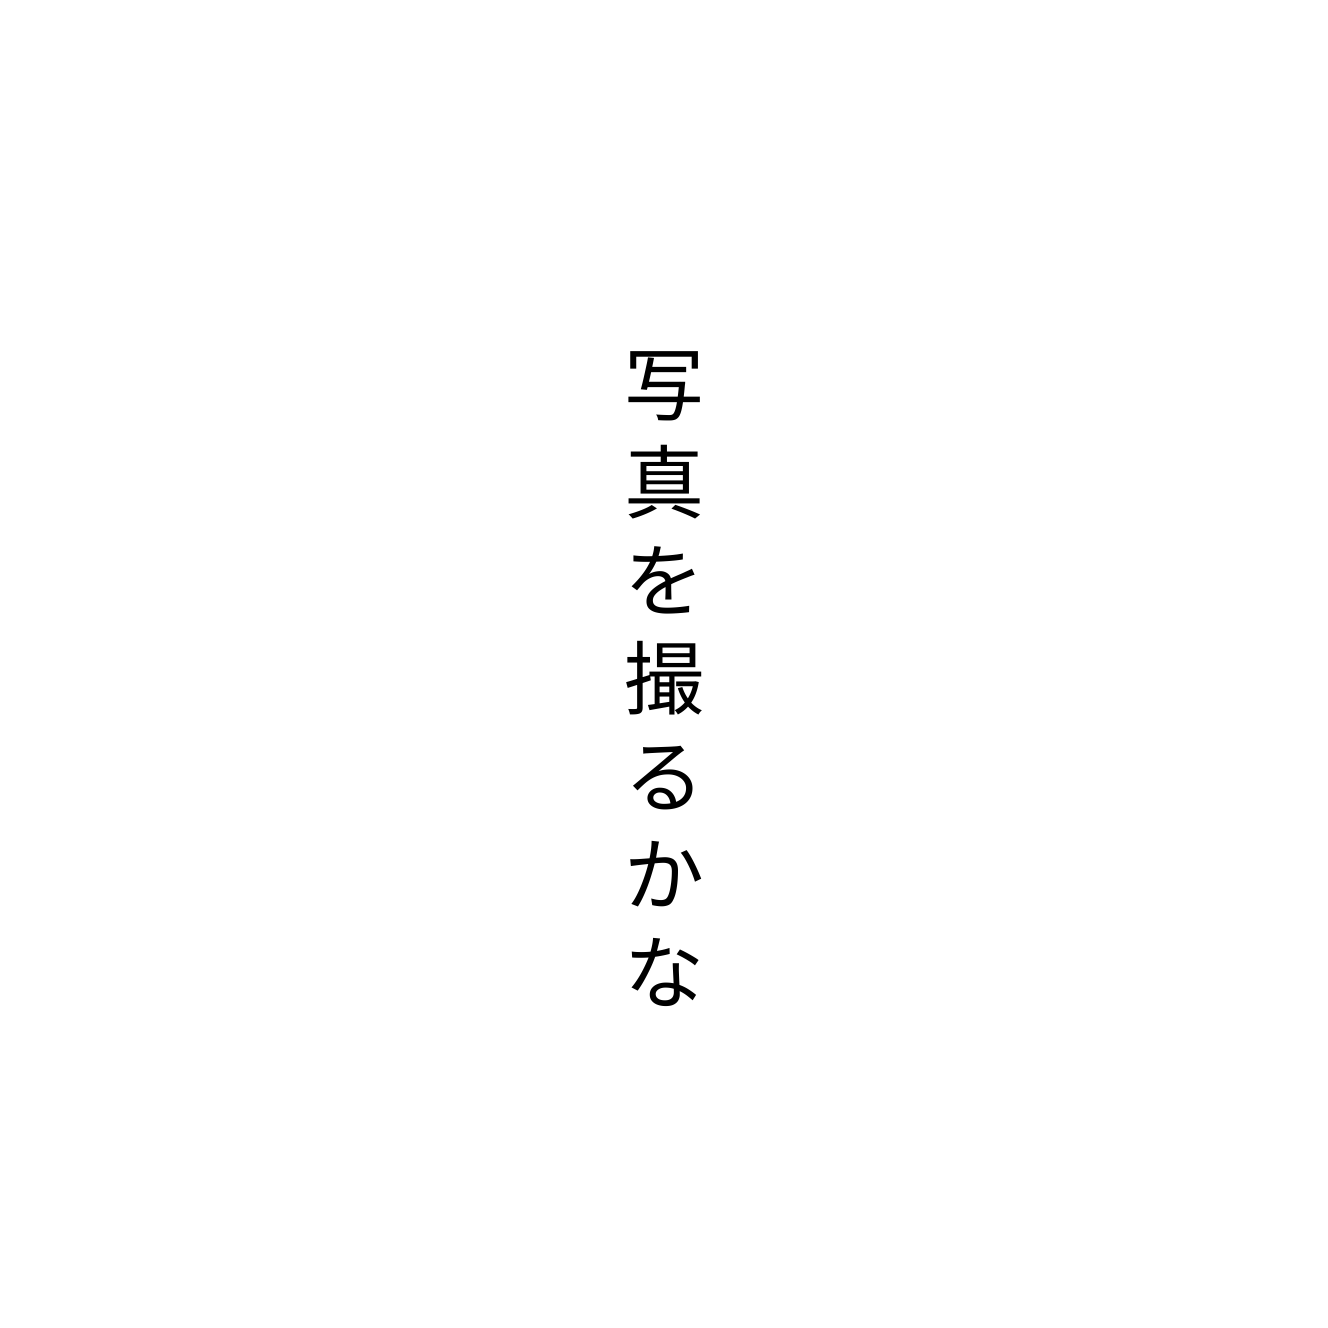
写真を撮るかな